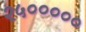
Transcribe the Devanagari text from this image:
२५०००००